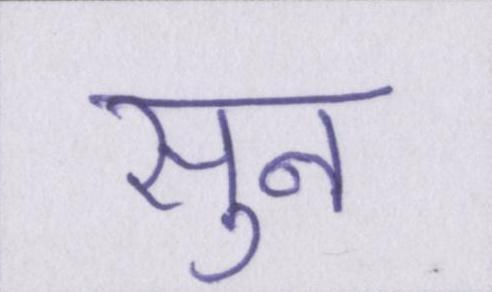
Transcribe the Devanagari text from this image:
सुन